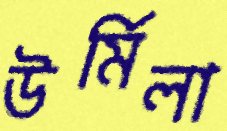
উর্মিলা